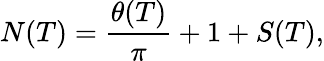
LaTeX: N(T)={\frac{\theta(T)}{\pi}}+1+S(T),